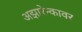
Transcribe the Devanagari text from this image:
अझारेन्कावर